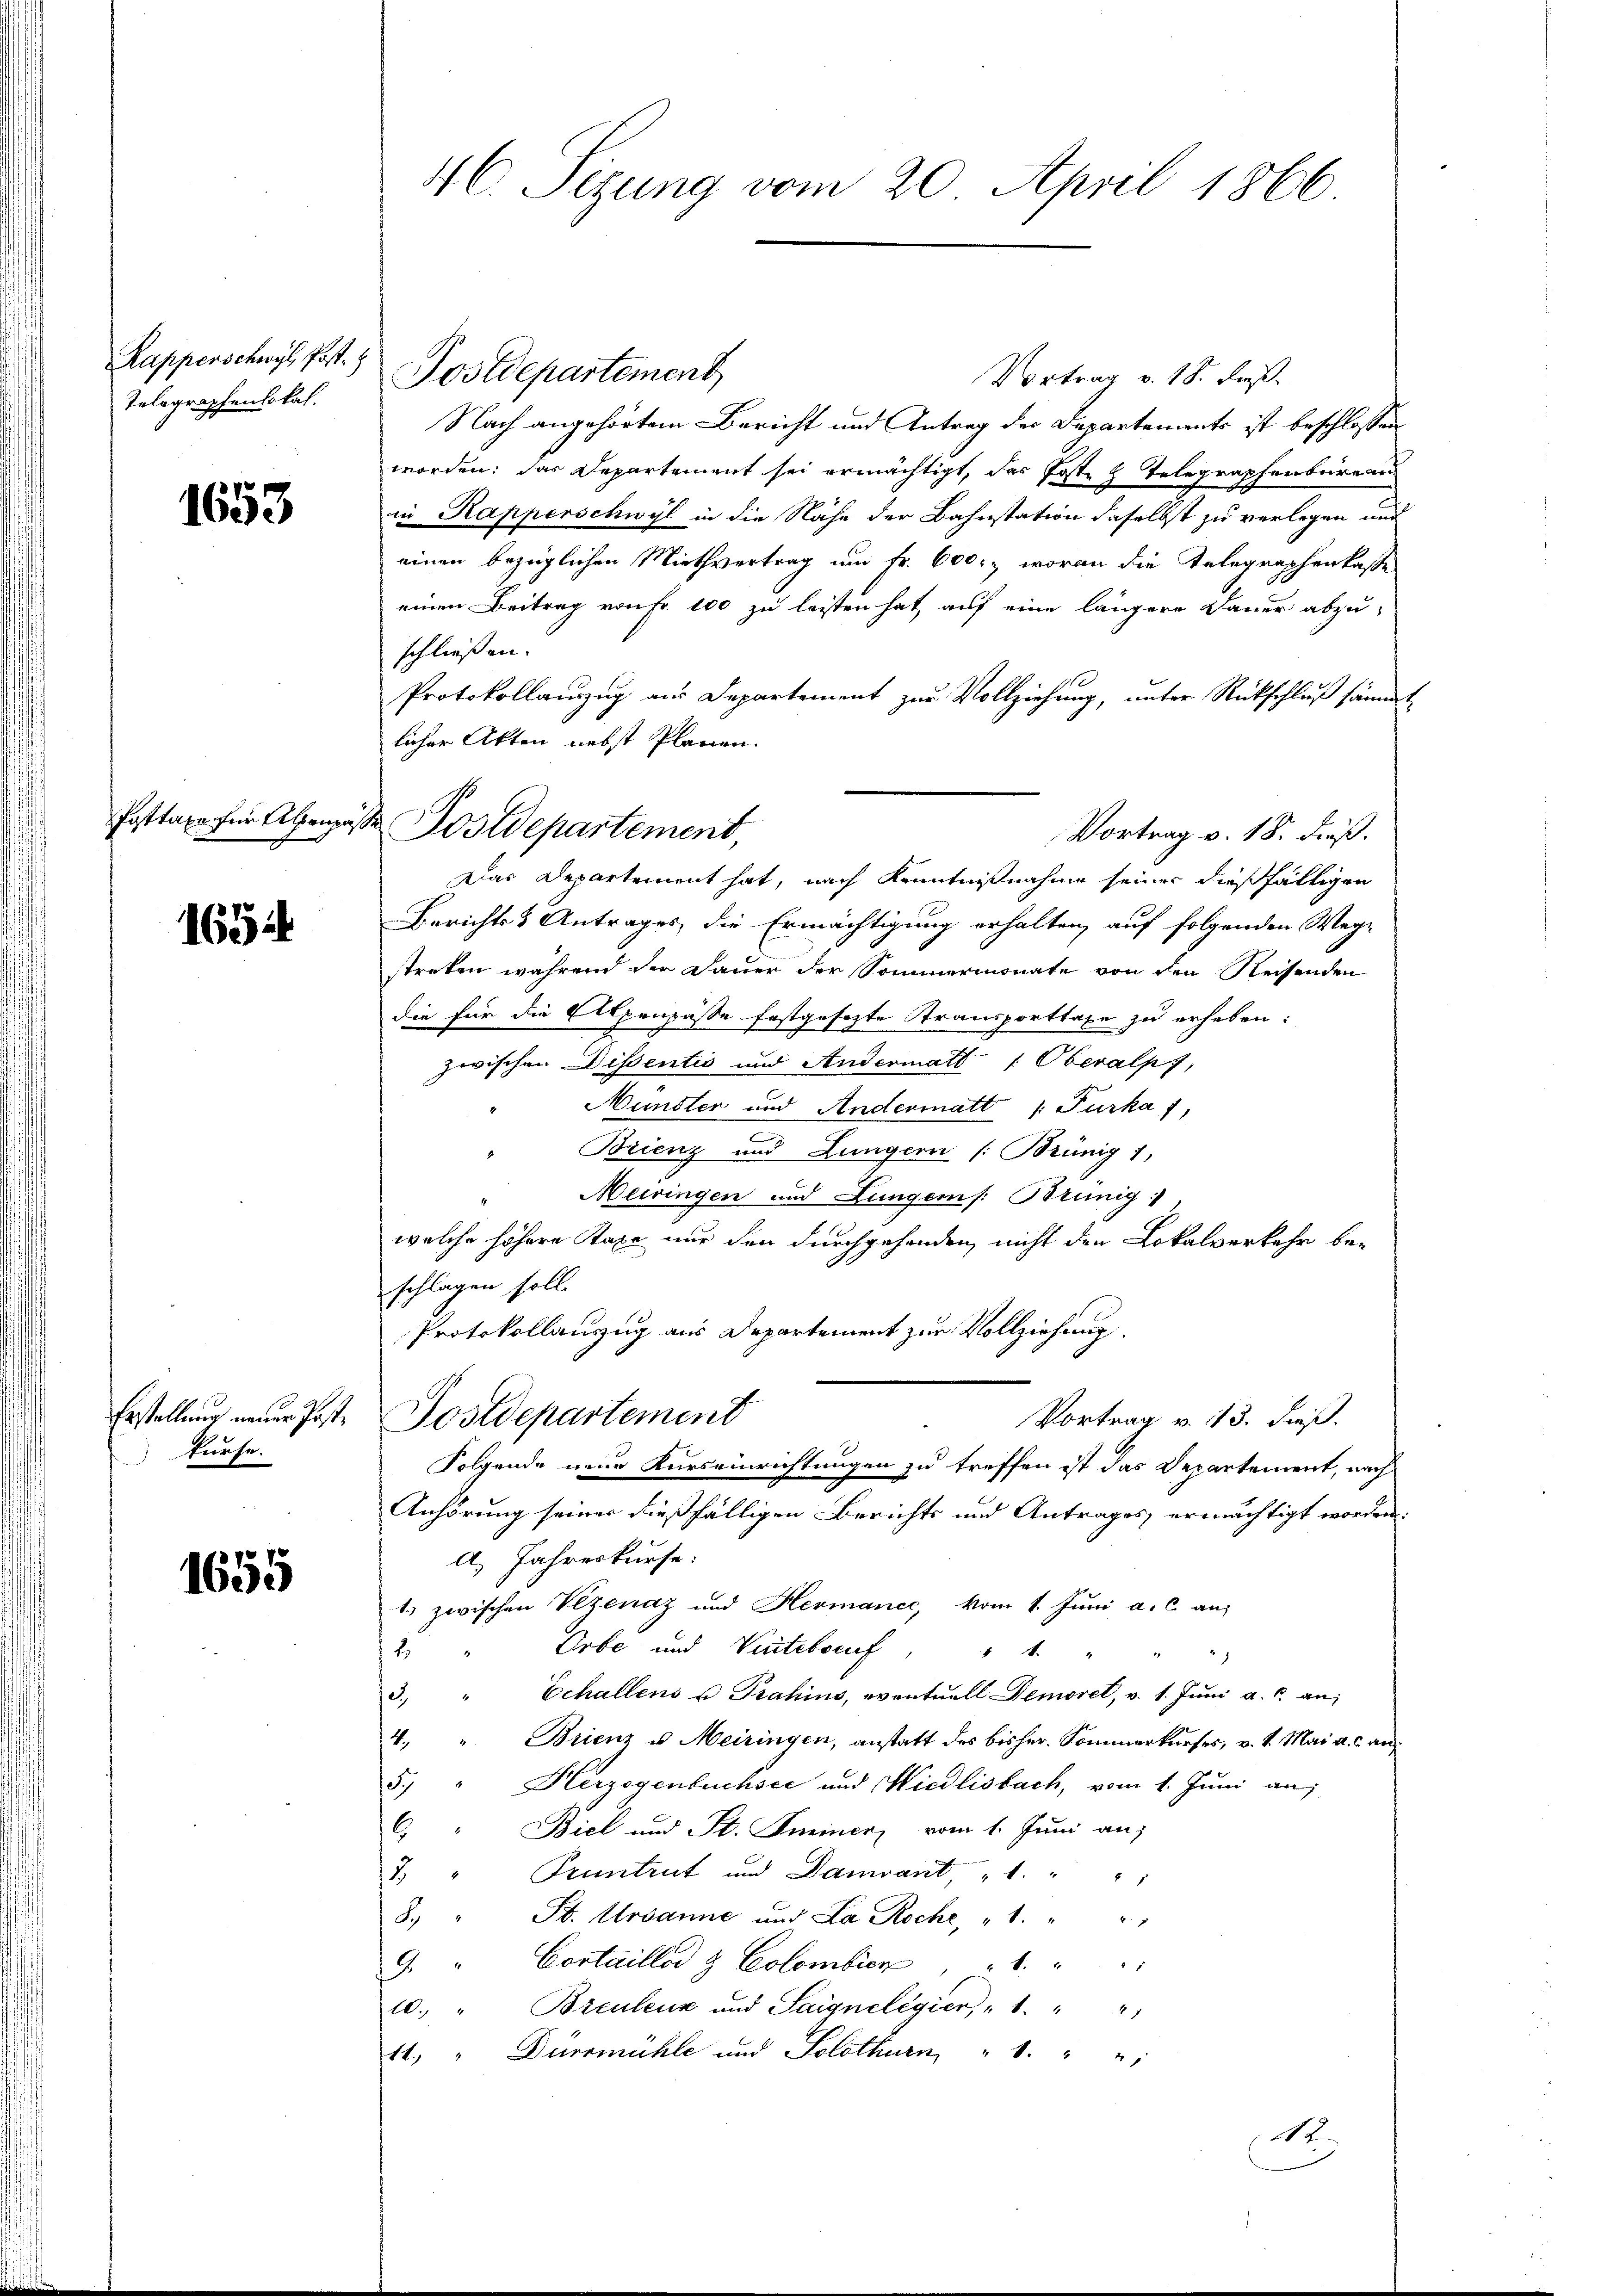
Kapperschwyl, Post.
Telegraphenlokal.

1653

Pattaxe für Alpenpa

1654

Präfe.

1655

46. Sizung vom 20. April 1866

Postdepartement
Vortrag v. 18. dieß.

Postdepartement
Vortrag v. 18. Fuß.
Nach angehörtem Bericht und Antrag der Departements ist beschlossen
worden; das Departement sei ermächtigt, das Poste 2 Telegraphenbureau
in Rapperschwyl in die Nähe der Bahnstation daselbst zu verlegen und
einen bezüglichen Miethvertrag um Fr. 600, woran die Telegraphenkasse
einen Beitrag von Fr. 100 zu leisten hat, auf eine längere Dauer abzu-
schließen.
Protokollauszug aus Departement zur Vollziehung, unter Rückschluß sämm
licher Akten nebst Plänen.
Das Departement hat, nach Kenntnißnahme seiner dießfälligen
Berichts & Antrages, die Ermächtigung erhalten, auf folgenden Weg-
streken während der Dauer der Sommermonate von den Reisenden
die für die Alpenpässe festgesetzte Transporttaxe zu erheben:
zwischen Dissentis und Andermatt " Oberalpy,
Münster und Andermatt /: Furka 1,
Brienz und Lungern (: Brünig 1,
Meiringen und Lungern /: Brünig,
l
welche höhere Taxe nur den durchgehenden nicht den Lokalverkehr be-
schlagen soll.
Protokollanzug aus Departement zur Vollziehung
Erstellung neuer Post. Postdepartement
Vortrag v. 13. dieß.
Folgende neue Kurseinrichtungen zu treffen ist das Departement, nach
Anhörung seiner dießfälligen Berichts und Antrages ermächtigt worden.
a. Jahreskurse:
1.) zwischen Vezenaz und Hermaner, vom 1. Juni a. c. an:
Orbe und Wintelstief " 1 "
2
Echallens u Prahins, eventuell Demoret, v. 1. Juni a. c. an,
d
4. " Brienz u. Meiringen, anstatt des bisher. Sommerkurses, v. 1. Mai a. c. an:
Herzogenbuchsci und Wiedlisbach, vom 1. Juni auf
e
Biel und St. Gmeiner vom 1. Juni an,
6
7 " Pruntrut und Damiant, " " "
F. Ursanne und La Roche, „1. " "
B
Cortailler & Colombien, " " "
12
10. " Breuleux und Saignelegier, " 1. " "
11. " Dürsmühle und Solothurn " " "
A